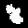
Digit: 8